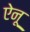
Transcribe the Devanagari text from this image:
ऐनू